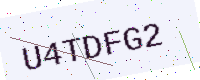
Text: U4TDFG2